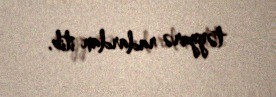
təyyarə radardan itib.